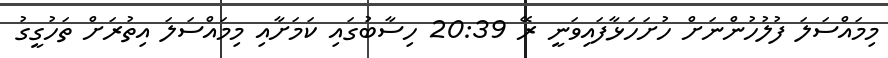
މިމައްސަލަ ފުލުހުންނަށް ހުށަހަޅާފައިވަނީ ރޭ 20:39 ހިސާބުގައި ކަމަށާއި މިމައްސަލަ އިތުރަށް ތަހުގީގު